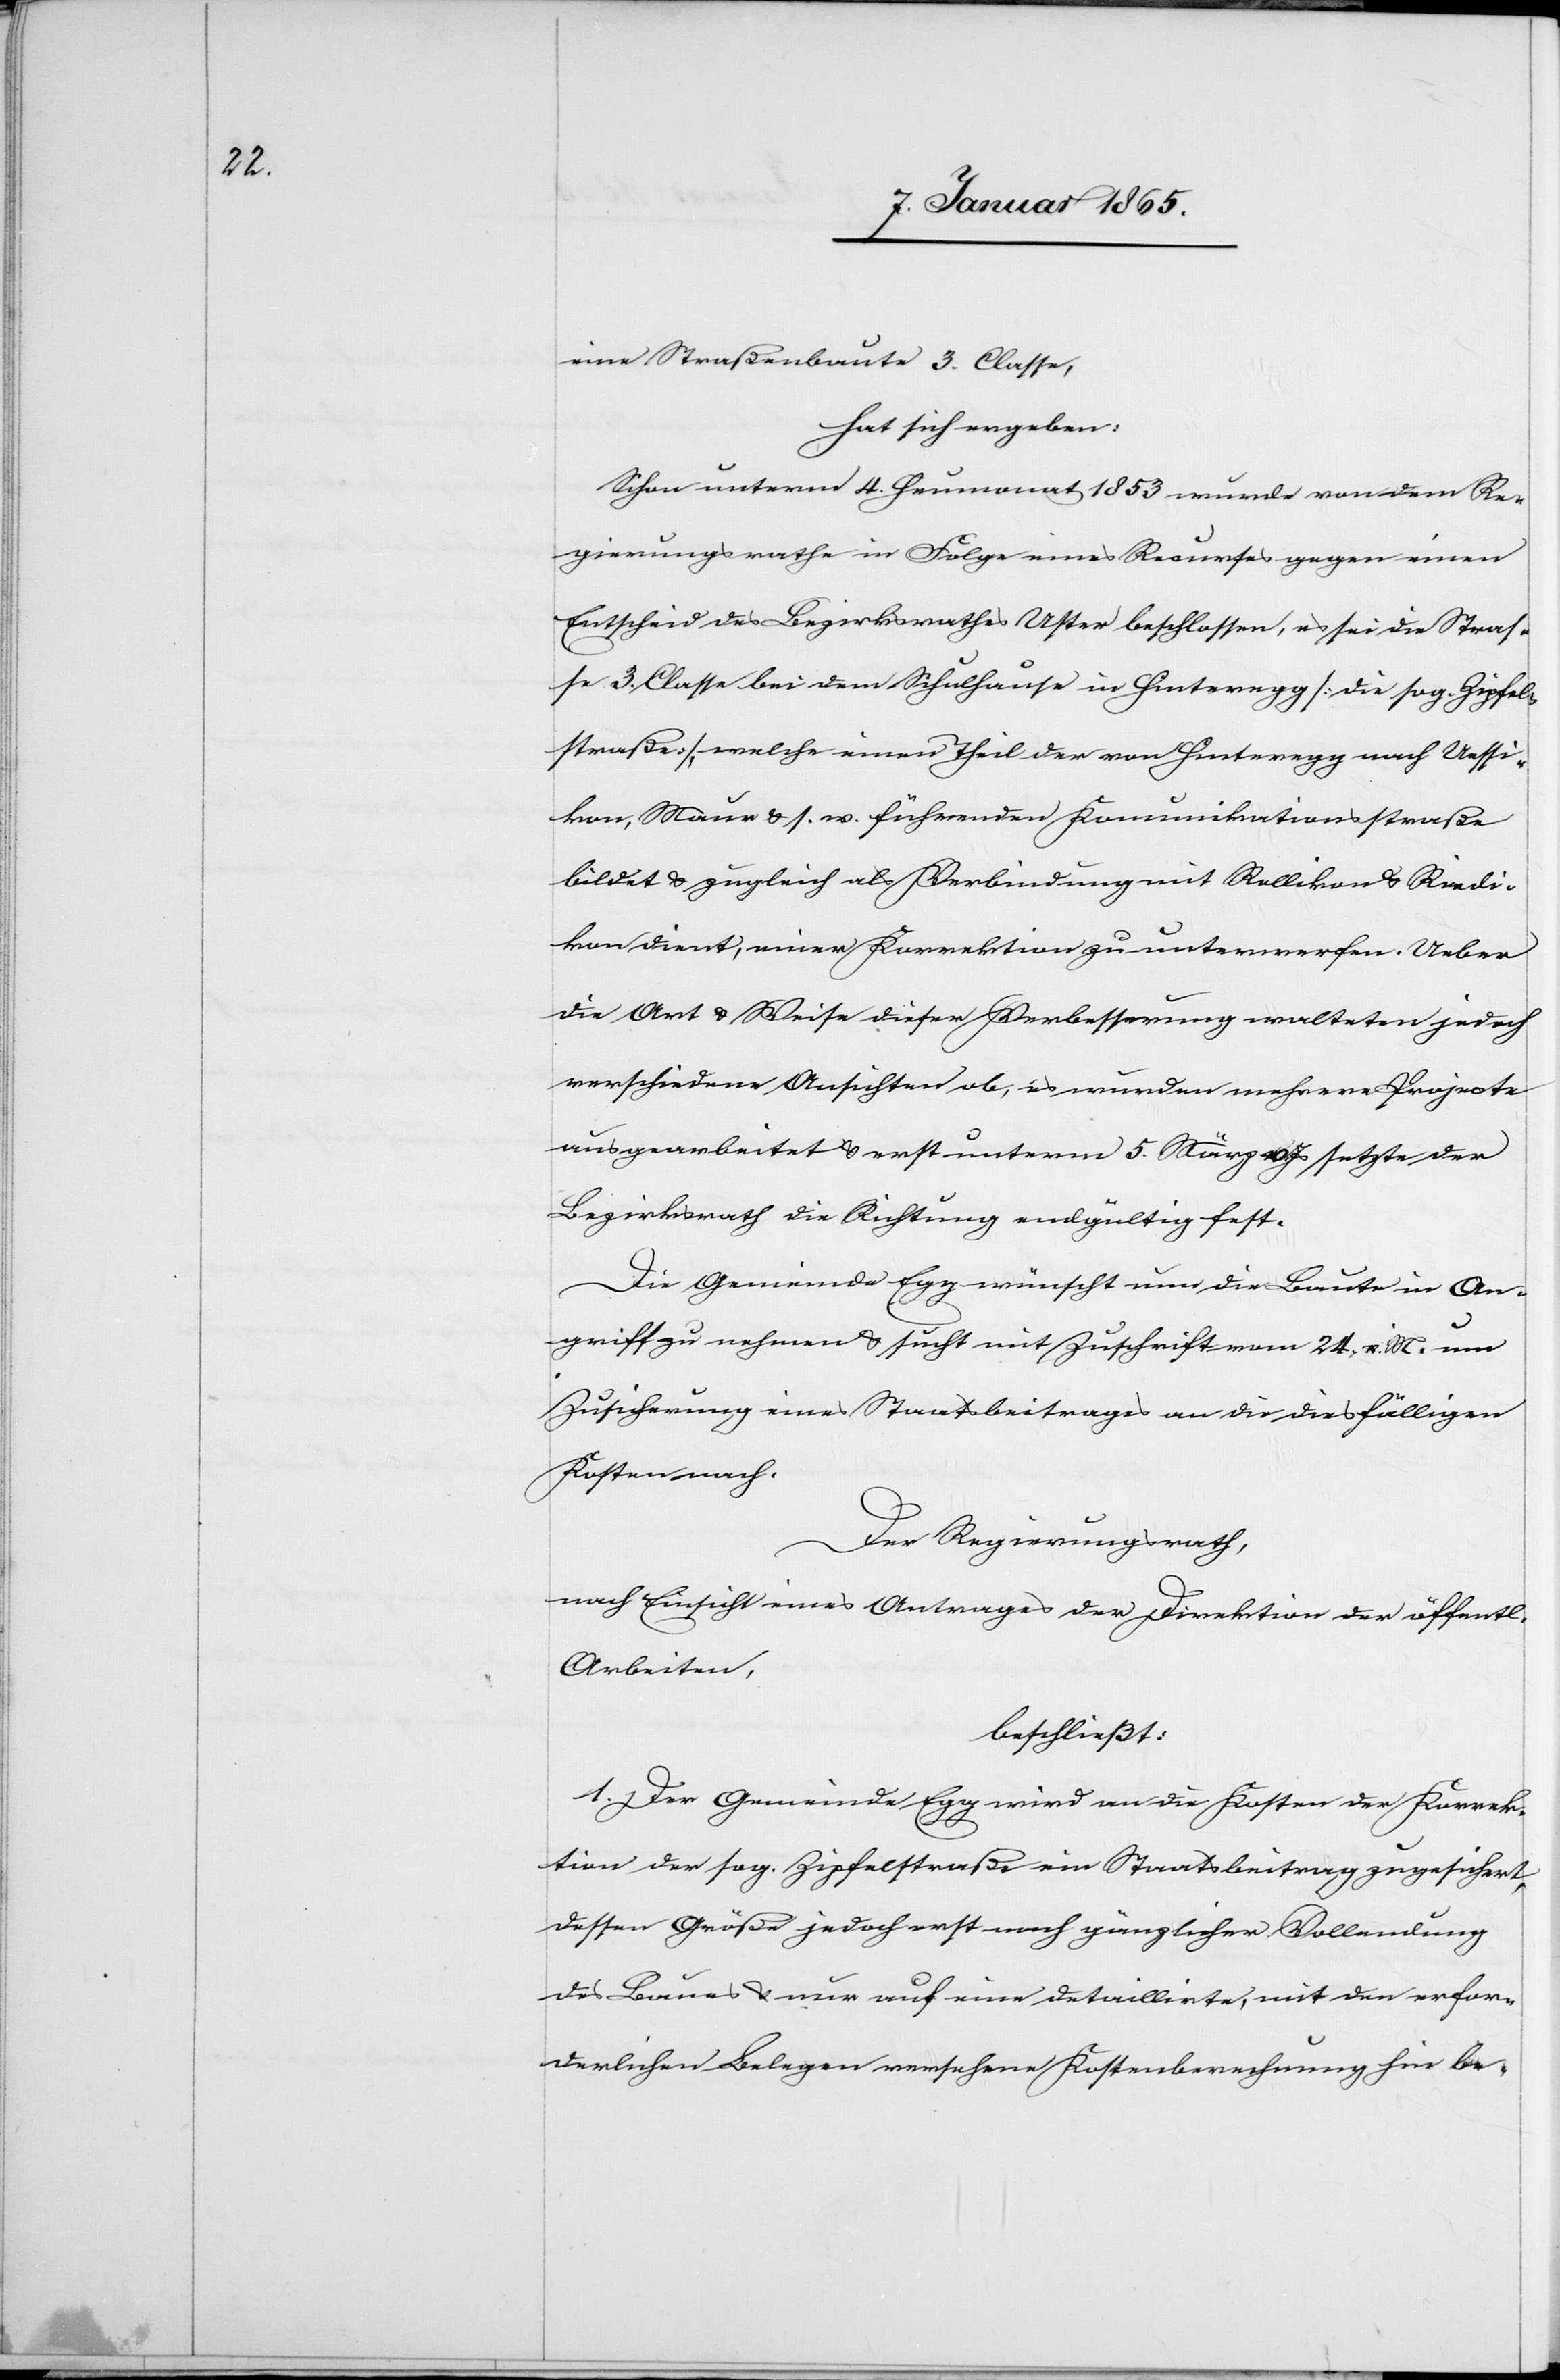
eine Straßenbaute 3. Classe,
hat sich ergeben:
Schon unterm 4. Heumonat 1853 wurde von dem Re¬
gierungsrathe in Folge eines Recurses gegen einen
Entscheid des Bezirksgerichtes Uster beschlossen, es sei die Stras¬
se 3. Classe bei dem Schulhause in Hinteregg [die sog. Zipfel¬
straße], welche einen Theil der von Hinteregg nach Uessi¬
kon, Maur u. s. w. führenden Komunikationsstraße
bildet u. zugleich als Verbindung mit Rellikon u. Riedi¬
kon dient, einer Korrektion zu unterwerfen. Ueber
die Art u. Weise dieser Verbesserung walteten jedoch
verschiedene Ansichten ob, es wurden mehrere Projecte
ausgearbeitet u. erst unterm 5. März v. Js setzte der
Bezirksrath die Richtung endgültig fest.
Die Gemeinde Egg wünscht nun die Baute in An¬
griff zu nehmen u. sucht mit Zuschrift vom 24. v. M. um
Zusicherung eines Staatsbeitrages an die diesfälligen
Kosten nach.
Der Regierungsrath,
nach Einsicht eines Antrages der Direktion der öffentlichen
Arbeiten,
beschließt:
1. Der Gemeinde Egg wird an die Kosten der Korrek¬
tion der sog. Zipfelstraße ein Staatsbeitrag zugesichert,
dessen Größe jedoch erst nach gänzlicher Vollendung
des Baues u. nur auf eine detaillirte, mit den erfor¬
derlichen Belegen versehene Kostenberechnung hin be-